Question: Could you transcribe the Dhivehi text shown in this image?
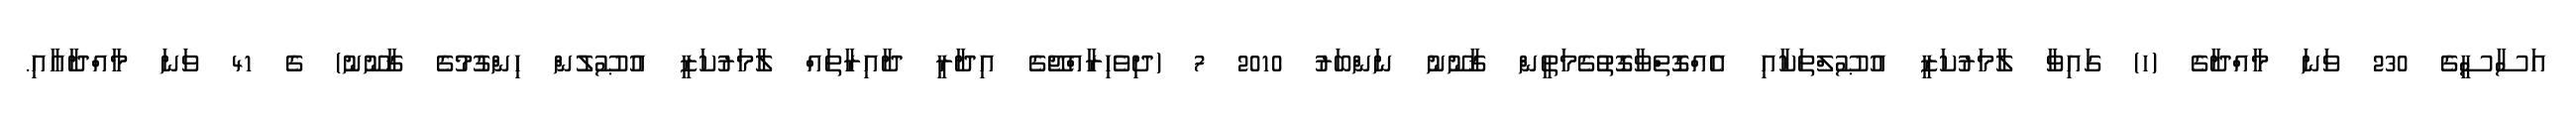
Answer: އަސާސީގެ 230 ވަނަ މާއްދާގެ (ހ) ގައިވާ ލާމަރުކަޒީ އުޞޫލްތަކާއި އެއްގޮތްވާގޮތުގެމަތީން ޤާނޫނު ނަންބަރު 2010 7 (ދިވެހިރާއްޖޭގެ އިދާރީ ދާއިރާތައް ލާމަރުކަޒީ އުޞޫލުން ހިންގުމުގެ ޤާނޫނު) ގެ 41 ވަނަ މާއްދާއާއި.